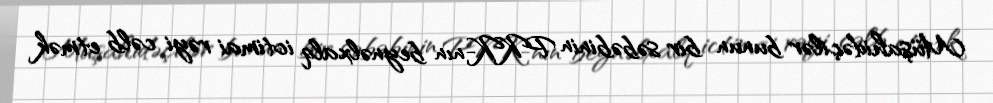
Müşahidəçilər bunun bir səbəbinin PKK-nın beynəlxalq ictimai rəyi cəlb etmək